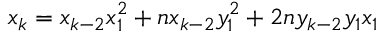
x _ { k } = x _ { k - 2 } x _ { 1 } ^ { 2 } + n x _ { k - 2 } y _ { 1 } ^ { 2 } + 2 n y _ { k - 2 } y _ { 1 } x _ { 1 }